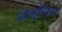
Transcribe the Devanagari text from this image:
ओह्‌लिन